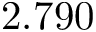
2 . 7 9 0